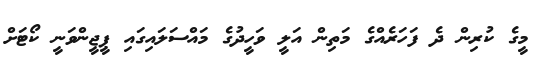
މީގެ ކުރިން ދެ ފަހަރެއްގެ މަތިން އަލީ ވަހީދުގެ މައްސަލައިގައި ޕީޖީންވަނީ ކޯޓަށް